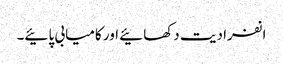
انفرادیت دکھائیے اور کامیابی پائیے۔